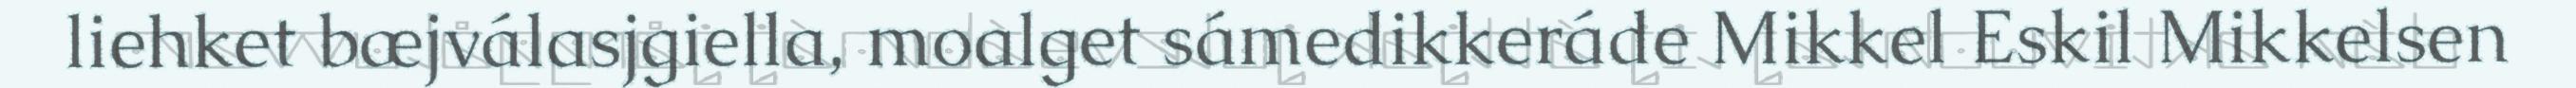
liehket bæjválasjgiella, moalget sámedikkeráde Mikkel Eskil Mikkelsen